Problem: 7 × 3 = ?
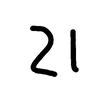
Handwritten answer: 21